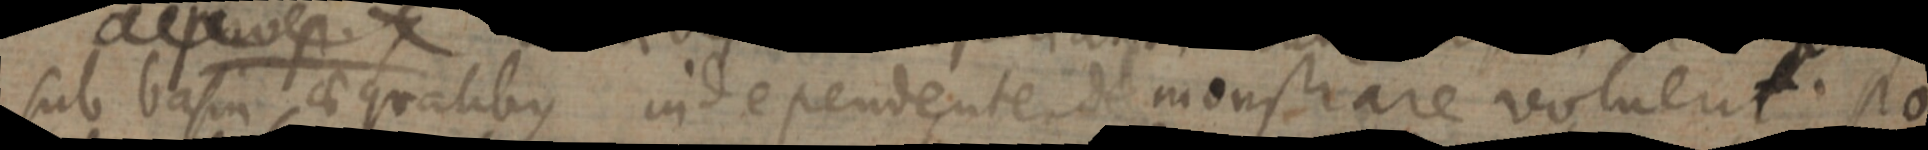
sub basin aequalibus independente demonstrare voluent. Po